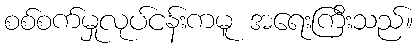
စစ်စက်မှုလုပ်ငန်းကမူ အရေးကြီးသည်။